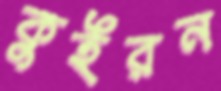
কুইরন